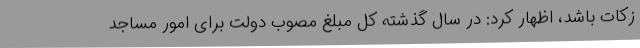
زکات باشد، اظهار کرد: در سال گذشته کل مبلغ مصوب دولت برای امور مساجد